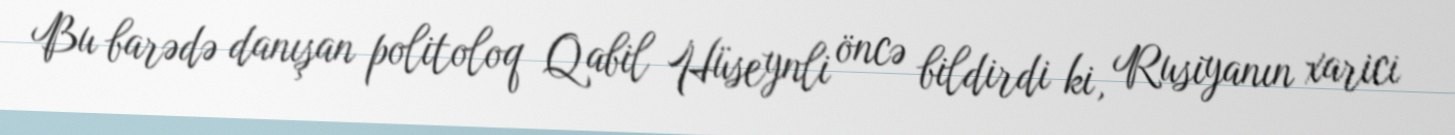
Bu barədə danışan politoloq Qabil Hüseynli öncə bildirdi ki, Rusiyanın xarici